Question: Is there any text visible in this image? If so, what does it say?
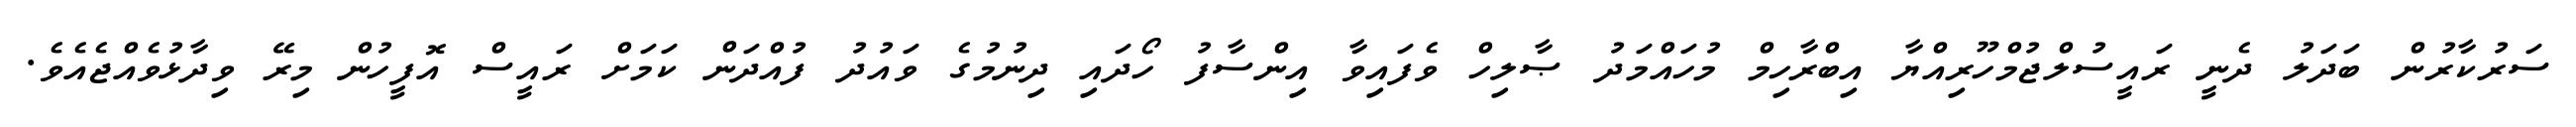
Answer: ސަރުކާރުން ބަދަލު ދެނީ ރައީސުލްޖުމްހޫރިއްޔާ އިބްރާހިމް މުހައްމަދު ޞާލިހް ވެފައިވާ އިންސާފު ހޯދައި ދިނުމުގެ ވައުދު ފުއްދަން ކަމަށް ރައީސް އޮފީހުން މިރޭ ވިދާޅުވެއްޖެއެވެ.